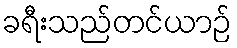
ခရီးသည်တင်ယာဉ်